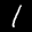
Label: 1